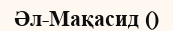
Әл-Мақасид ()